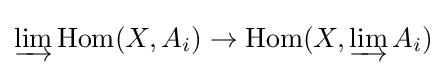
\varinjlim \mathrm {Hom} (X,A_{i})\to \mathrm {Hom} (X,\varinjlim A_{i})